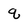
Character: q